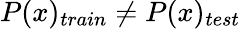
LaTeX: P(x)_{train}\neq P(x)_{test}